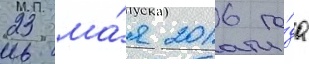
23 ма́я 2016 го́да